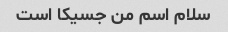
سلام اسم من جسیکا است